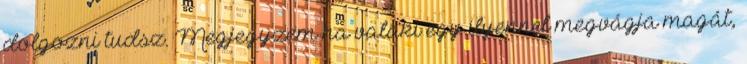
dolgozni tudsz. Megjegyzem ha valaki egy ilyennel megvágja magát,